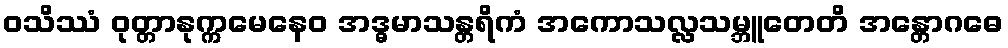
ဝသိဿံ ဝုတ္တာနုက္ကမေနေဝ အဒ္ဓမာသန္တရိကံ အကောသလ္လသမ္ဘူတေတိ အန္တောဂဓေ